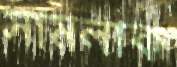
সামলাক